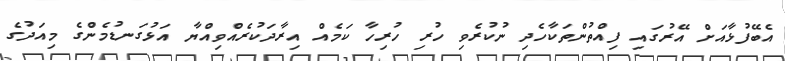
އެބޭފުޅާއަށް އޭރުގައި ފިއްތުންތަކާހެދި ނުކުރެވި ހުރި ހުރިހާ ކަމެއް އިރާދަކުރެއްވިއްޔާ އަޅުގަނޑުމެންގެ މިއަދުގެ